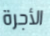
الأجرة